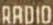
RADIO